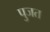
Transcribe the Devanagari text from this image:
पुजत